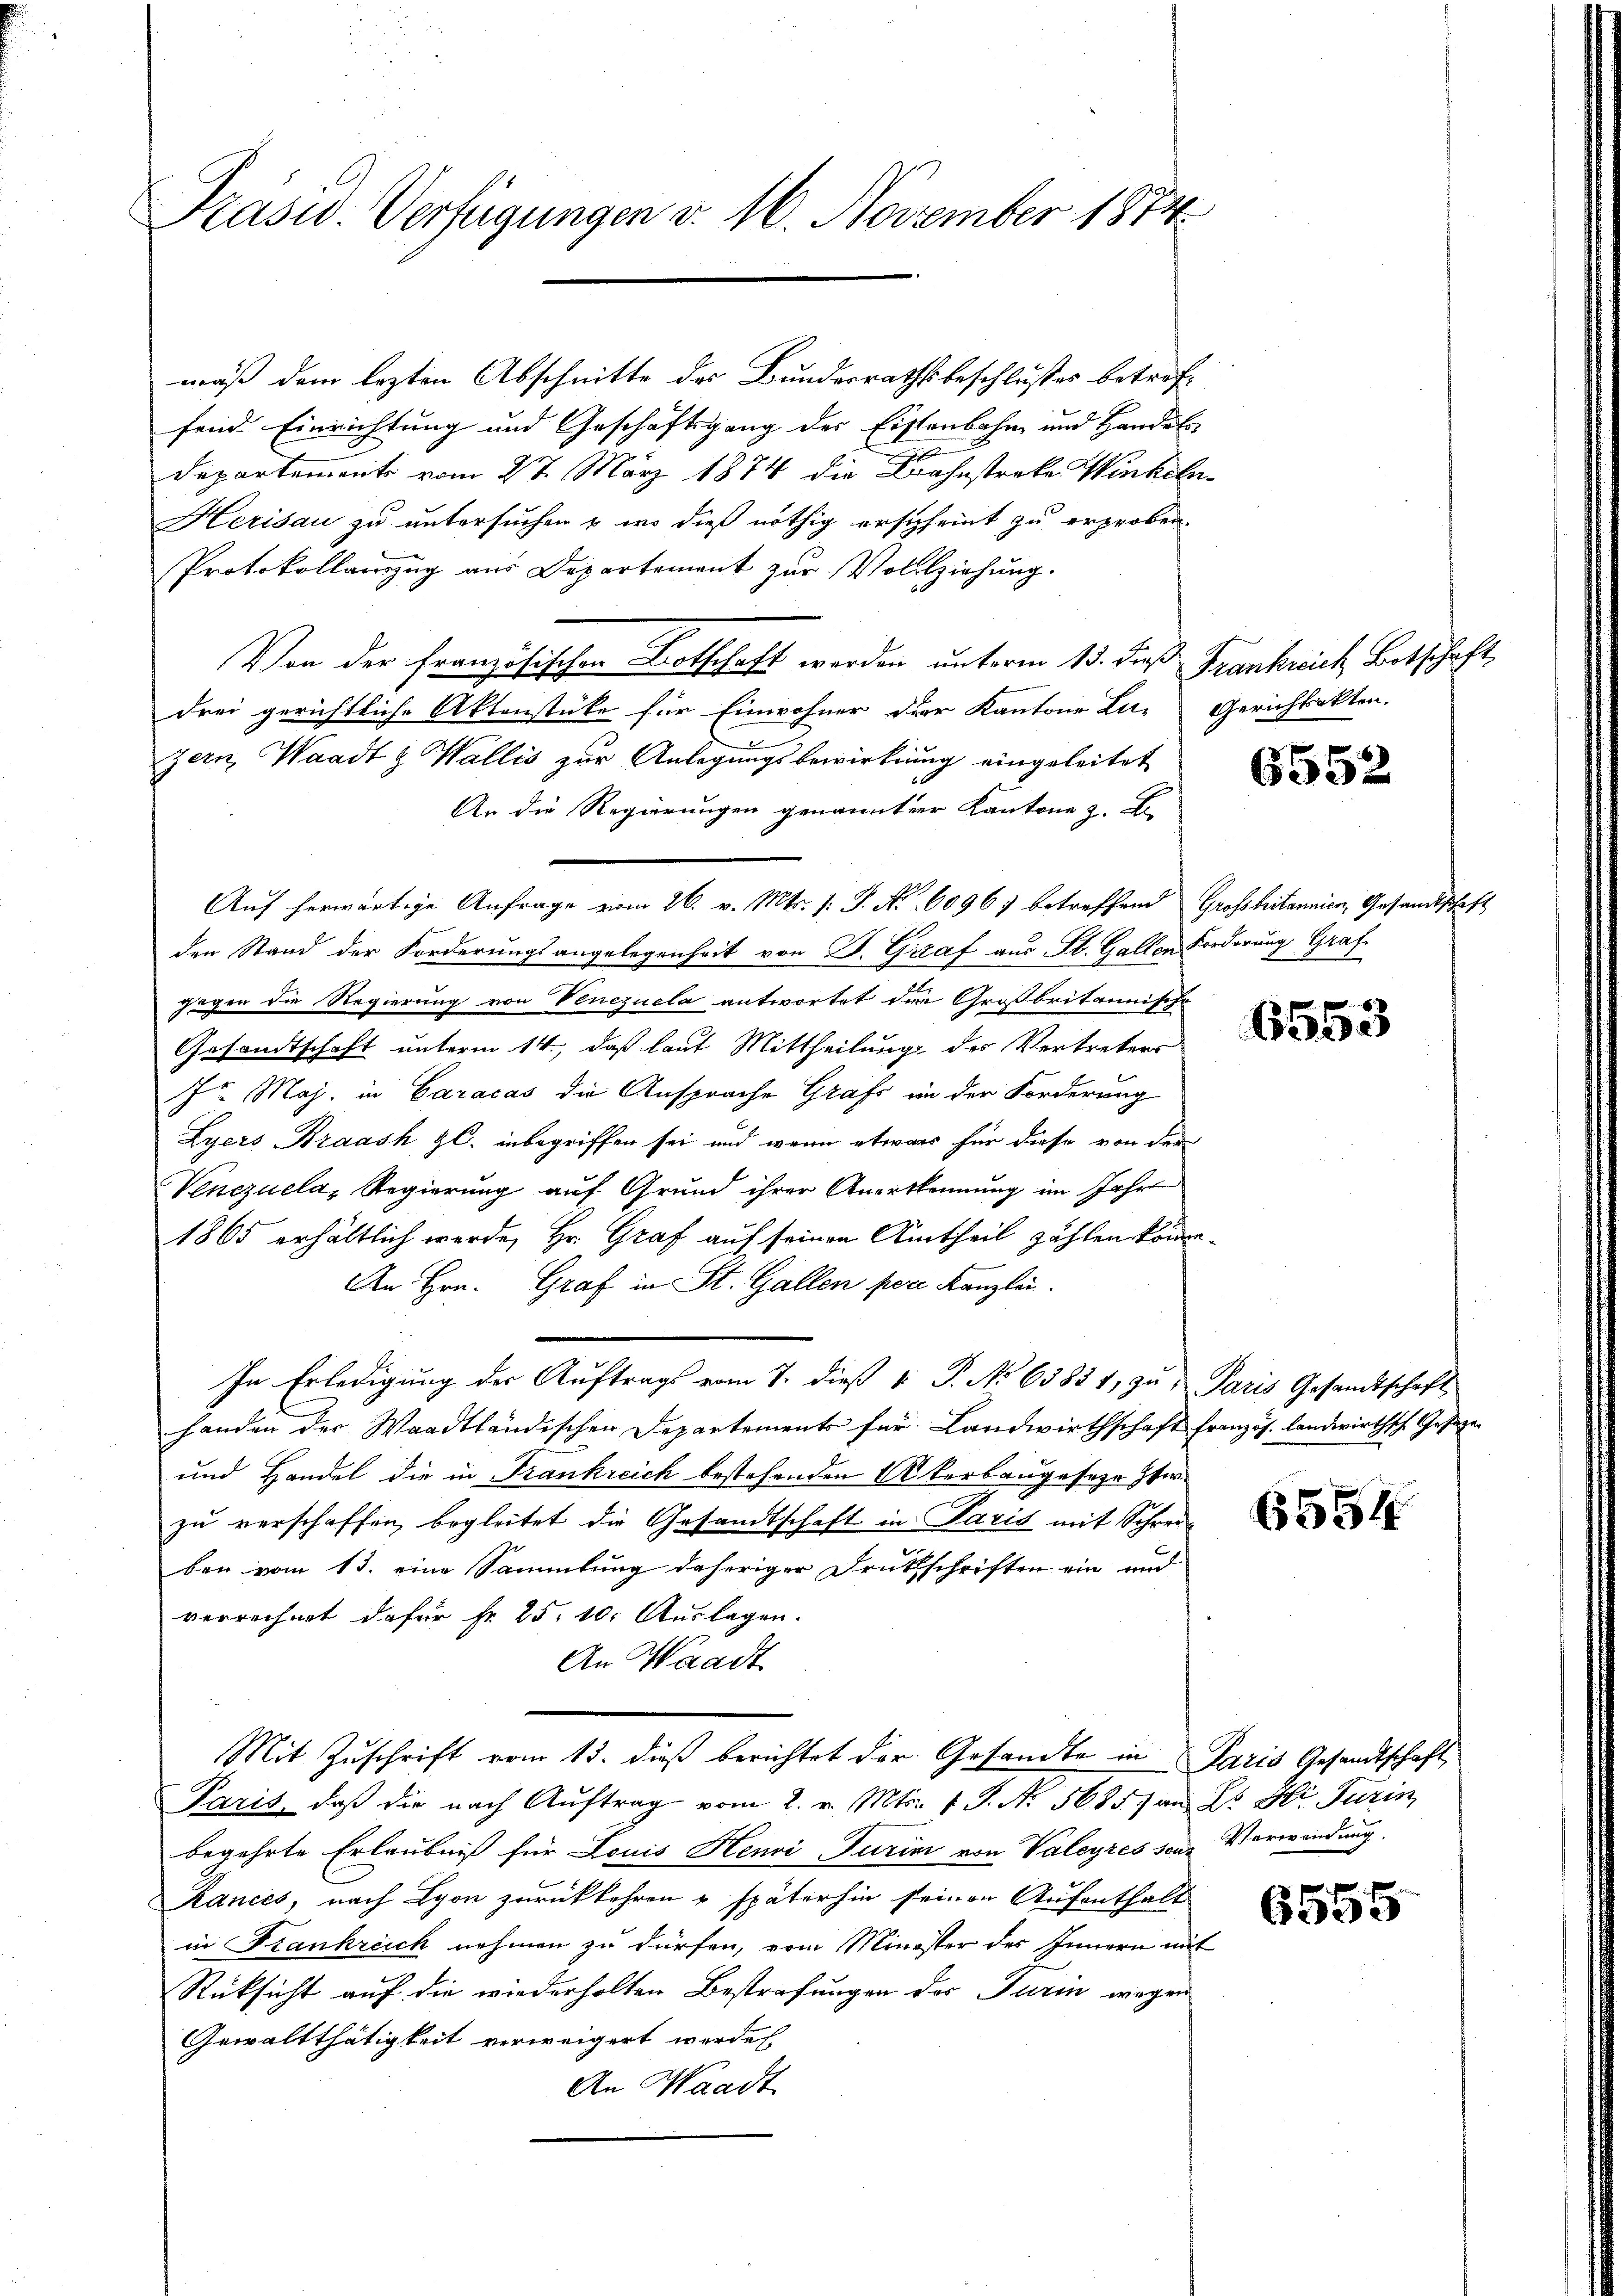
Präsid. Verfügungen v. 16. November 1874

mäß dem lezten Abschnitte des Bundesrathsbeschlußes betreffend Einrichtung und Geschäftsgang des Eistenbahn und Handel
Departement vom 27. März 1874 die Bahnstreke Winkela¬
Herisau zu untersuchen & wo dieß nöthig erscheint zu erproben.
Protokollauszug aus Departement zur Vollziehung.
Von der Französischen Botschaft werden unterm 15. die Frankreich Betschaft,
drei gerichtliche Aktenstüke für Einwohner der Kantons Lu-Gerichtsakten,
d
zern, Waadt & Wallis zur Anlegungsbewirkung eingeleitet
An die Regierungen genannter Kantone z. B.
Auf herwärtige Anfrage vom 26. v. Mts. /: P. Nr. 6096) betreffend Großbritannien, Gesandtschaft
den Stand der Forderungsangelegenheit von P. Graf aus Fl. Gallen Forderung Graf
gegen die Regierung von Venezuela antwortet den Großbritannische
Gesandtschaft unterm 14., daß laut Mittheilung des Vertreters
7t Maj. in Caracas die Ansprache Grafs in der Forderung
Lyers Braash Zl. inbegriffen sei und wenn etwas für diese von der
Venezuela, Regierung auf Grund ihrer Anerkennung im Jahre
1865 erhältlich werde, Hr. Graf auf seinen Autheil zählen könne.
An Hrn. Graf in St. Gallen per Kanzlei.
In Erledigung der Auftrags vom 7. dieß 1: P. No 63831, zu Paris Gesandtschaft
handen der Waadtländischen Departements für Landwirthschaft französ. landwirthsch. Gesage
und Handel die in Frankreich bestehenden Akerbaugeseze Herzu verschaffen, begleitet die Gesandtschaft in Paris mit Schreiben vom 13. eine Sammlung daheriger Drukschriften ein und
verrechnet dafür fr. 25. 10. Auslagen.
An Waadt
Mit Zuschrift vom 13. dieß berichtet der Gesandte in Paris Gesandtschaft
Paris, daß die nach Auftrag vom 2. v. Mts. 1 S. N. 5685/ an Hs. Hr. Turin
begehrte Erlaubniß für Louis Henri Turini von Valeyres sene Verwendung.
Rancés, nach Lyon zurückkehren u späterhin seinen Aufenthalt
in Frankreich nehmen zu dürfen, vom Minister des Innern mit
Rücksicht auf die wiederholten Bestrafungen des Turin wegen
Gewaltthätigkeit verweigert werden.
An Waadt

6552

6553

6554

6555